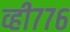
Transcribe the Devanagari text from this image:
व्ही७७६